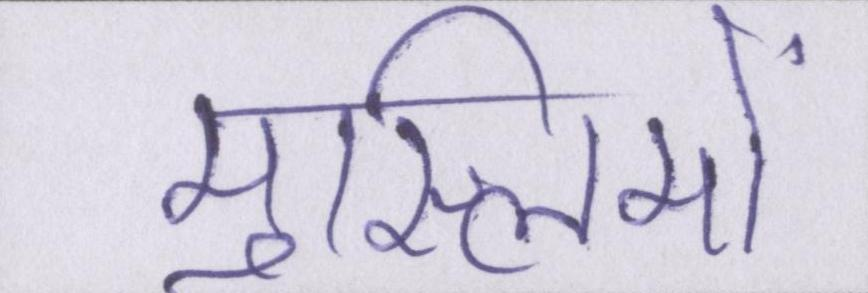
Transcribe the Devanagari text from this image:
मुस्लिमों